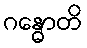
ဂန္ဓောတိ